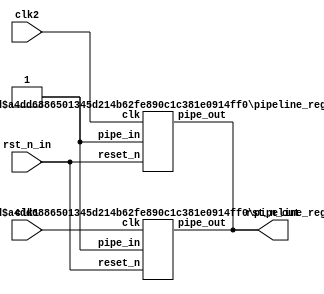
// Copyright 2018 Schuyler Eldridge
//
// Licensed under the Apache License, Version 2.0 (the "License");
// you may not use this file except in compliance with the License.
// You may obtain a copy of the License at
//
//     http://www.apache.org/licenses/LICENSE-2.0
//
// Unless required by applicable law or agreed to in writing, software
// distributed under the License is distributed on an "AS IS" BASIS,
// WITHOUT WARRANTIES OR CONDITIONS OF ANY KIND, either express or implied.
// See the License for the specific language governing permissions and
// limitations under the License.

// Implements a "good" reset signal that is asserted asynchronously
// and deasserted synchronously. See Cliff Cummings work for the
// reasoning behind this:
//   Cummings, C. and Milis, D. "Synchronous Resets? Asynchronous
//     resets? I am so confused! How will I ever know which to use?"
//     Synopsys Users Group Conference, 2002.
//   Cummings, C., Millis, D., and Golson, S. "Asynchronous &
//     synchronous reset design techniques-part deux." Synopsys Users
//     Group Conference, 2003.

/**
  94,99,109,113 reset_flops1,reset_flops2
*/
`timescale 1ns / 1ps
module reset
  (
   input clk1,       // input clock
   input clk2,
   input rst_n_in,  // asynchronous reset from userland
   output rst_n_out // asynchronous assert/synchronous deassert chip broadcast
   );

  // You have two DFFs in series (a two stage pipe) with the input to
  // the first DFF tied to 1. When the input active low reset is
  // deasserted this asynchronously resets the DFFs. This causes the
  // second DFF to broadcast an asynchronous reset out to the whole
  // chip. However, when the input rest is asserted, the flip flops
  // are enabled, and you get a synchronous assert of the active low
  // reset to the entire chip.

  pipeline_registers
    #(
      .BIT_WIDTH(1),
      .NUMBER_OF_STAGES(2)
      )
  reset_flops1
    (
     .clk(clk1),           // input clk
     .reset_n(rst_n_in),  // convert to active low
     .pipe_in(1'b1),      // input is always 1
     .pipe_out(rst_n_out) // asynchronous reset output
     );

  pipeline_registers
    #(
      .BIT_WIDTH(1),
      .NUMBER_OF_STAGES(2)
      )
  reset_flops2
    (
     .clk(clk2),           // input clk
     .reset_n(rst_n_in),  // convert to active low
     .pipe_in(1'b1),      // input is always 1
     .pipe_out(rst_n_out) // asynchronous reset output
     );

endmodule

module pipeline_registers
  #(
    parameter
    BIT_WIDTH         = 10,
    NUMBER_OF_STAGES  = 0
    )
  (
   input                      clk,
   input                      reset_n,
   input [BIT_WIDTH-1:0]      pipe_in,
   output reg [BIT_WIDTH-1:0] pipe_out
   );

  // Main generate function for conditional hardware instantiation
  generate
    genvar                                 i;
    // Pass-through case for the odd event that no pipeline stages are
    // specified.
    always @(posedge clk) begin
      pipe_out = 0;
    end
    if (NUMBER_OF_STAGES == 0) begin
      always @ *
        pipe_out = pipe_in;
    end
    // Single flop case for a single stage pipeline
    else if (NUMBER_OF_STAGES == 1) begin
      always @ (posedge clk or negedge reset_n)
        pipe_out <= (!reset_n) ? 0 : pipe_in;
    end
    // Case for 2 or more pipeline stages
    else begin
      // Create the necessary regs
      reg [BIT_WIDTH*(NUMBER_OF_STAGES-1)-1:0] pipe_gen;
      // Create logic for the initial and final pipeline registers
      always @ (posedge clk or negedge reset_n) begin
        if (!reset_n) begin
          pipe_gen[BIT_WIDTH-1:0] <= 0;
          pipe_out                <= 0;
        end
        else begin
          pipe_gen[BIT_WIDTH-1:0] <= pipe_in;
          pipe_out                <= pipe_gen[BIT_WIDTH*(NUMBER_OF_STAGES-1)-1:BIT_WIDTH*(NUMBER_OF_STAGES-2)];
        end
      end
      // Create the intermediate pipeline registers if there are 3 or
      // more pipeline stages
      for (i = 1; i < NUMBER_OF_STAGES-1; i = i + 1) begin : pipeline
        always @ (posedge clk or negedge reset_n)
          pipe_gen[BIT_WIDTH*(i+1)-1:BIT_WIDTH*i] <= (!reset_n) ? 0 : pipe_gen[BIT_WIDTH*i-1:BIT_WIDTH*(i-1)];
      end
    end
  endgenerate

endmodule